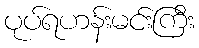
ပုပ်ရဟန်းမင်းကြီး